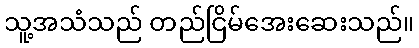
သူ့အသံသည် တည်ငြိမ်အေးဆေးသည်။